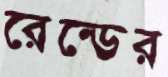
রেন্ডের